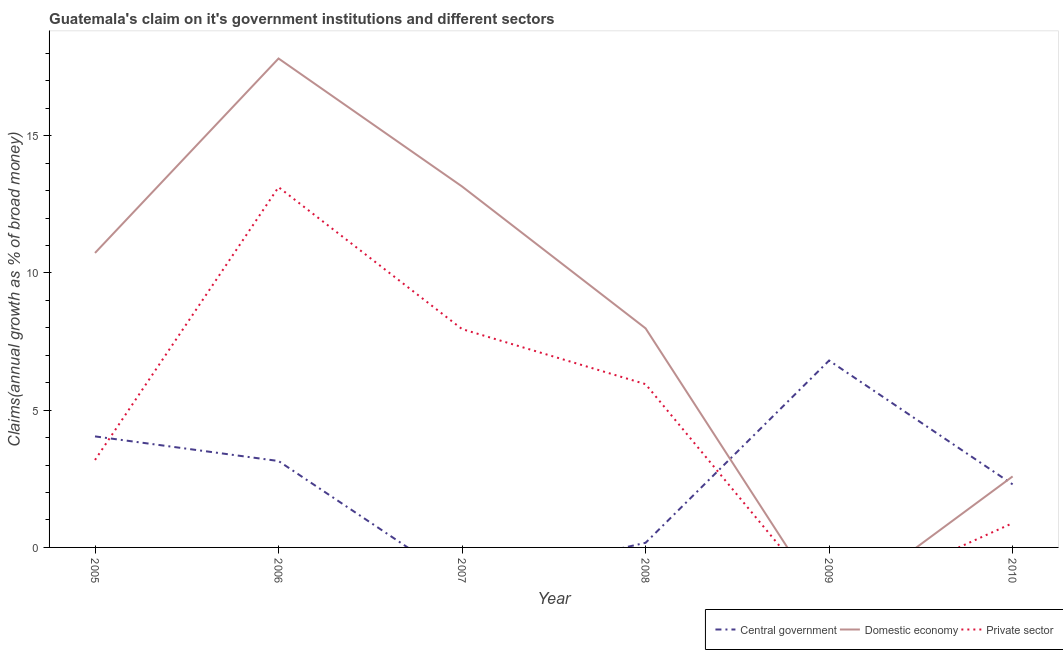
| Year | Central government | Domestic economy | Private sector |
 | --- | --- | --- | --- |
 | 2005 | 4.05 | 10.7 | 3.19 |
 | 2006 | 3.15 | 17.8 | 13.1 |
 | 2007 | -1.33 | 13.2 | 7.96 |
 | 2008 | 0.169 | 7.98 | 5.95 |
 | 2009 | 6.81 | -2.35 | -2.13 |
 | 2010 | 2.3 | 2.59 | 0.885 |